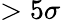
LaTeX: >5\sigma